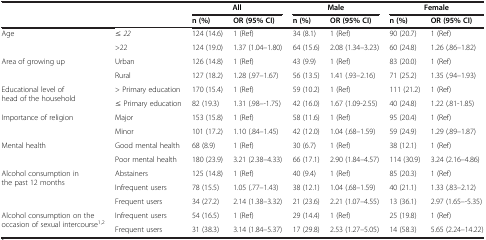
<table><thead><tr><td><b> </b></td><td><b> </b></td><td colspan="2"><b>All</b></td><td colspan="2"><b>Male</b></td><td colspan="2"><b>Female</b></td></tr><tr><td><b> </b></td><td><b> </b></td><td><b>n (%)</b></td><td><b>OR (95% CI)</b></td><td><b>n (%)</b></td><td><b>OR (95% CI)</b></td><td><b>n (%)</b></td><td><b>OR (95% CI)</b></td></tr></thead><tbody><tr><td>Age</td><td>≤ <i>22</i></td><td>124 (14.6)</td><td>1 (Ref)</td><td>34 (8.1)</td><td>1 (Ref)</td><td>90 (20.7)</td><td>1 (Ref)</td></tr><tr><td> </td><td>&gt;22</td><td>124 (19.0)</td><td>1.37 (1.04–1.80)</td><td>64 (15.6)</td><td>2.08 (1.34–3.23)</td><td>60 (24.8)</td><td>1.26 (.86–1.82)</td></tr><tr><td rowspan="2">Area of growing up</td><td>Urban</td><td>126 (14.8)</td><td>1 (Ref)</td><td>43 (9.9)</td><td>1 (Ref)</td><td>83 (20.0)</td><td>1 (Ref)</td></tr><tr><td>Rural</td><td>127 (18.2)</td><td>1.28 (.97–1.67)</td><td>56 (13.5)</td><td>1.41 (.93–2.16)</td><td>71 (25.2)</td><td>1.35 (.94–1.93)</td></tr><tr><td rowspan="2">Educational level of head of the household</td><td>&gt; Primary education</td><td>170 (15.4)</td><td>1 (Ref)</td><td>59 (10.2)</td><td>1 (Ref)</td><td>111 (21.2)</td><td>1 (Ref)</td></tr><tr><td>≤ Primary education</td><td>82 (19.3)</td><td>1.31 (.98–-1.75)</td><td>42 (16.0)</td><td>1.67 (1.09-2.55)</td><td>40 (24.8)</td><td>1.22 (.81-1.85)</td></tr><tr><td rowspan="2">Importance of religion</td><td>Major</td><td>153 (15.8)</td><td>1 (Ref)</td><td>58 (11.6)</td><td>1 (Ref)</td><td>95 (20.4)</td><td>1 (Ref)</td></tr><tr><td>Minor</td><td>101 (17.2)</td><td>1.10 (.84–1.45)</td><td>42 (12.0)</td><td>1.04 (.68–1.59)</td><td>59 (24.9)</td><td>1.29 (.89–1.87)</td></tr><tr><td>Mental health</td><td>Good mental health</td><td>68 (8.9)</td><td>1 (Ref)</td><td>30 (6.7)</td><td>1 (Ref)</td><td>38 (12.1)</td><td>1 (Ref)</td></tr><tr><td> </td><td>Poor mental health</td><td>180 (23.9)</td><td>3.21 (2.38–4.33)</td><td>66 (17.1)</td><td>2.90 (1.84–4.57)</td><td>114 (30.9)</td><td>3.24 (2.16–4.86)</td></tr><tr><td rowspan="3">Alcohol consumption in the past 12 months</td><td>Abstainers</td><td>125 (14.8)</td><td>1 (Ref)</td><td>40 (9.4)</td><td>1 (Ref)</td><td>85 (20.3)</td><td>1 (Ref)</td></tr><tr><td>Infrequent users</td><td>78 (15.5)</td><td>1.05 (.77–1.43)</td><td>38 (12.1)</td><td>1.04 (.68–1.59)</td><td>40 (21.1)</td><td>1.33 (.83–2.12)</td></tr><tr><td>Frequent users</td><td>34 (27.2)</td><td>2.14 (1.38–3.32)</td><td>21 (23.6)</td><td>2.21 (1.07–4.55)</td><td>13 (36.1)</td><td>2.97 (1.65–-5.35)</td></tr><tr><td rowspan="2">Alcohol consumption on the occasion of sexual intercourse<sup>1,2</sup></td><td>Infrequent users</td><td>54 (16.5)</td><td>1 (Ref)</td><td>29 (14.4)</td><td>1 (Ref)</td><td>25 (19.8)</td><td>1 (Ref)</td></tr><tr><td>Frequent users</td><td>31 (38.3)</td><td>3.14 (1.84–5.37)</td><td>17 (29.8)</td><td>2.53 (1.27–5.05)</td><td>14 (58.3)</td><td>5.65 (2.24–14.22)</td></tr></tbody></table>